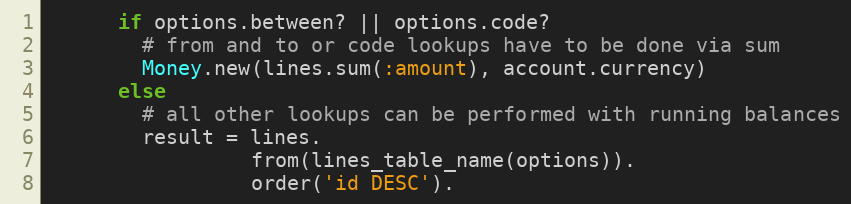
Language: Ruby
      if options.between? || options.code?
        # from and to or code lookups have to be done via sum
        Money.new(lines.sum(:amount), account.currency)
      else
        # all other lookups can be performed with running balances
        result = lines.
                 from(lines_table_name(options)).
                 order('id DESC').